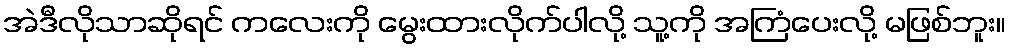
အဲဒီလိုသာဆိုရင် ကလေးကို မွေးထားလိုက်ပါလို့ သူ့ကို အကြံပေးလို့ မဖြစ်ဘူး။